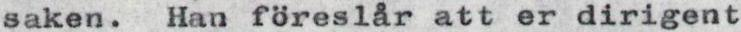
saken. Han föreslår att er dirigent